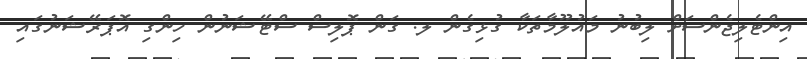
އިންޓެލިޖެންސަށް ލިބުނު މައުލޫމާތަކާ ގުޅިގެން ލ. ގަން ޕޮލިސް ސްޓޭޝަނުން ހިންގި އޮޕަރޭޝަނުގައި